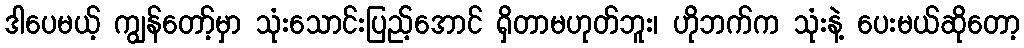
ဒါပေမယ့် ကျွန်တော့်မှာ သုံးသောင်းပြည့်အောင် ရှိတာမဟုတ်ဘူး၊ ဟိုဘက်က သုံးနဲ့ ပေးမယ်ဆိုတော့